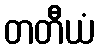
တတီယံ